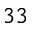
3 3